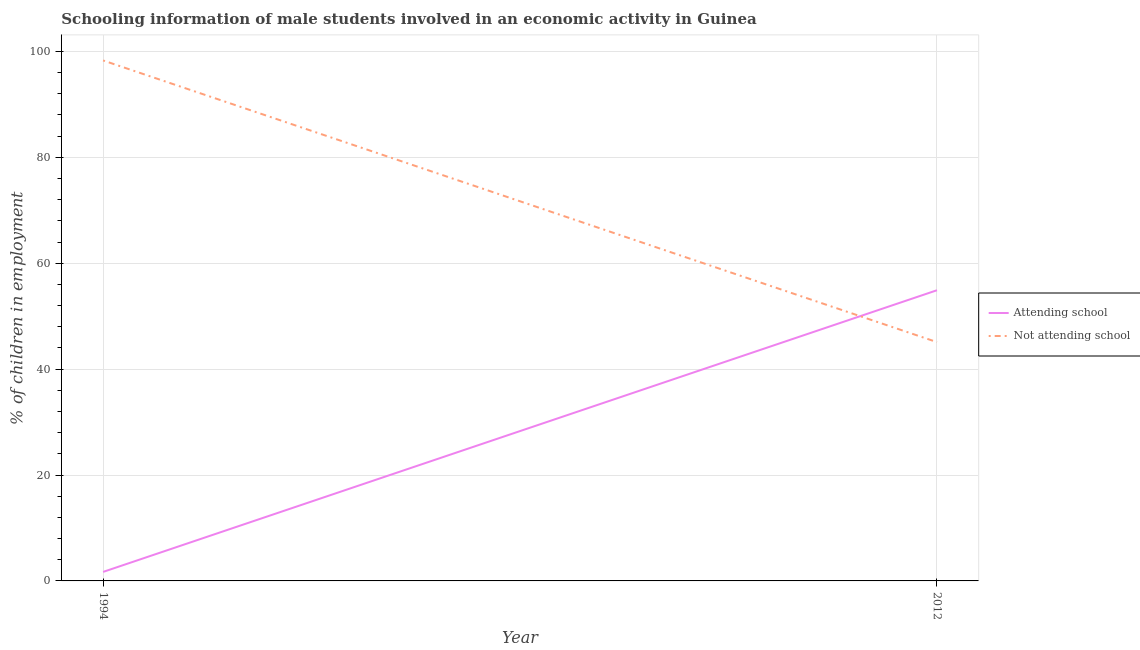
| Year | Attending school | Not attending school |
 | --- | --- | --- |
 | 1994 | 1.7 | 98.3 |
 | 2012 | 54.9 | 45.1 |